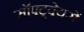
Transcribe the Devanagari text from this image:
सॉफ्ट्वेयरों